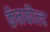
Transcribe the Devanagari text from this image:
कॅनफील्ड